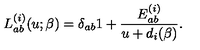
L _ { a b } ^ { ( i ) } ( u ; \beta ) = \delta _ { a b } 1 + \frac { E _ { a b } ^ { ( i ) } } { u + d _ { i } ( \beta ) } .